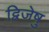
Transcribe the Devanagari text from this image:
द्विजेषु